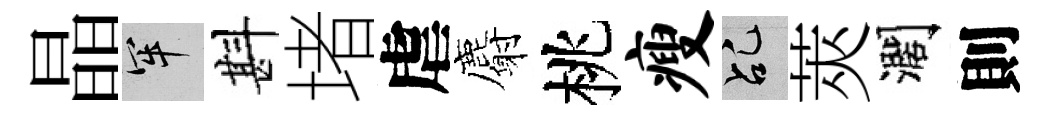
晶牢斟堵虐麝桃瘦乩莢濶則